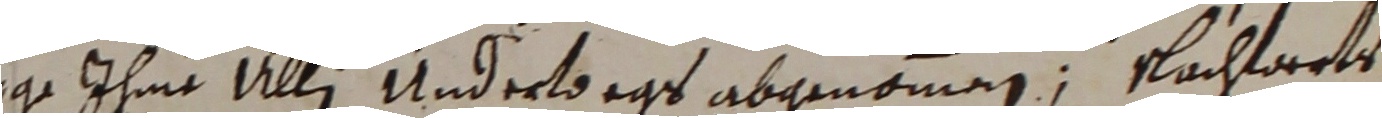
sae ihme Ulli undertegs abgenommen, nachtoerts